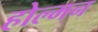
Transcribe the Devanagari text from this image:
होल्मन